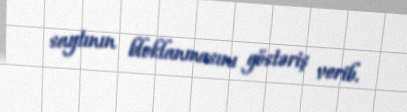
saytının bloklanmasını göstəriş verib.